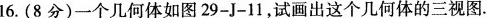
16.(8分)一个几何体如图29-J-11，试画出这个几何体的三视图。